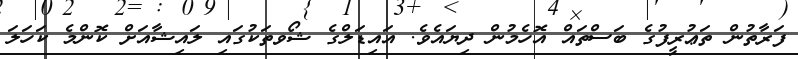
ފަރާތުން ތަޢުރީފުގެ ބަސްތައް އޮހެމުން ދިޔައެވެ. އައިޑަލްގެ ޝޯވތަކުގައި ލައިޝާއަށް ކޮންމެ ކަހަލަ